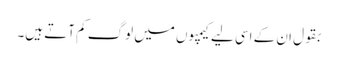
بقول ان کے اسی لیے کیمپوں میں لوگ کم آتے ہیں۔